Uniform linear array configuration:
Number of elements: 12
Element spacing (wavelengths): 0.25
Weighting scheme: uniform
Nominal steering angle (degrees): -30
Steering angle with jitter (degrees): -29.731
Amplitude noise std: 0.05
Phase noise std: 0.05

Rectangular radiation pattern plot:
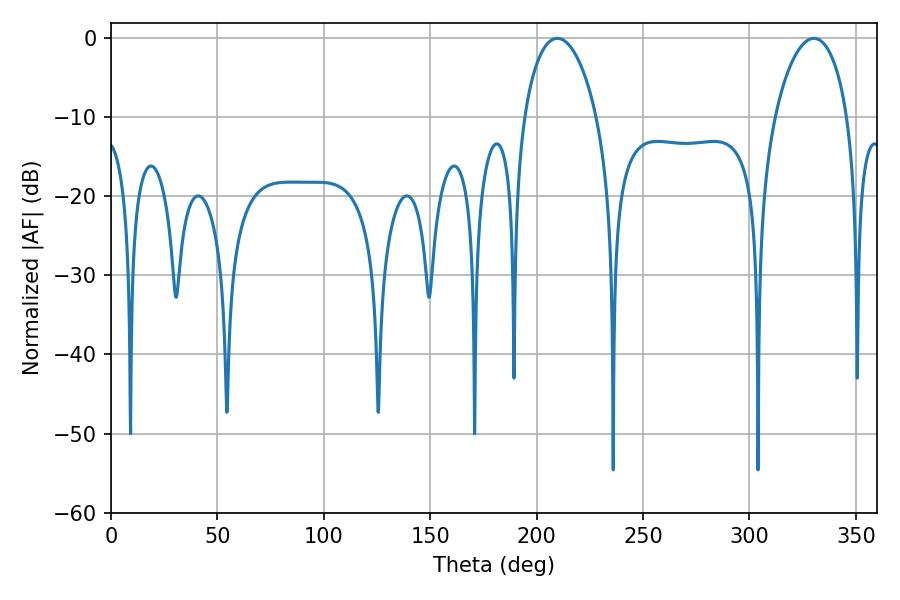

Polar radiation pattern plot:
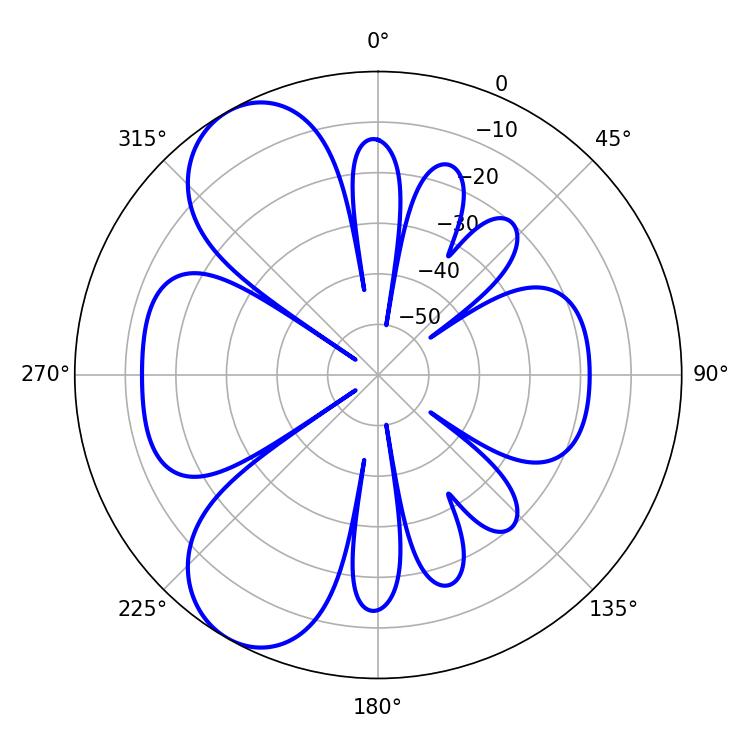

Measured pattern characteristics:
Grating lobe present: FALSE
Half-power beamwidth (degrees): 19.44
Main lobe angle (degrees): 209.7